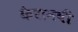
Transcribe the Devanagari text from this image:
कैरानवी